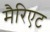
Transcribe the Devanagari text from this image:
मैरिएट